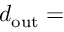
d _ { \mathrm { o u t } } =